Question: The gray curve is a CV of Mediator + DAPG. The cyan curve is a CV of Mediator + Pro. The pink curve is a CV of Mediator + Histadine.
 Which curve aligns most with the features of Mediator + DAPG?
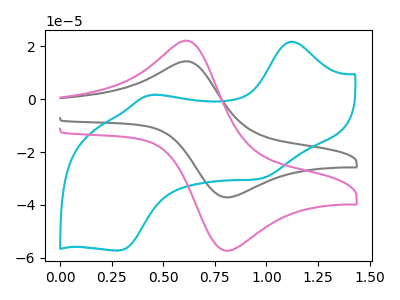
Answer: <think>The gray curve "Mediator + DAPG" has an anodic peak at (0.65V, 14.10uA) and a cathodic peak at (0.80V, -37.10uA). The cyan curve "Mediator + Pro" has anodic peaks at (1.10V, 21.75uA) (0.45V, 1.55uA) and cathodic peaks at (0.95V, -30.00uA) (0.30V, -57.20uA). The pink curve "Mediator + Histadine" has an anodic peak at (0.65V, 21.80uA) and a cathodic peak at (0.80V, -57.25uA).
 "Mediator + DAPG" and "Mediator + Pro" have a different number of peaks. All the peaks in "Mediator + DAPG" have a peak in "Mediator + Histadine" at the same potential. Every peak in "Mediator + DAPG" is lower than every peak in "Mediator + Histadine". "Mediator + Pro" and "Mediator + Histadine" have a different number of peaks.</think>
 <answer>The CV with the most similar shape to "Mediator + Histadine" is "Mediator + DAPG".</answer>
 <eval>"Mediator + DAPG"</eval>